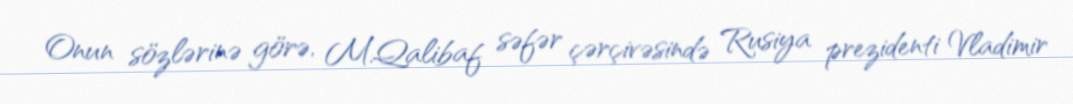
Onun sözlərinə görə, M.Qalibaf səfər çərçivəsində Rusiya prezidenti Vladimir